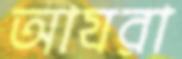
আযরা